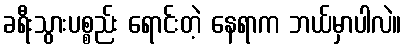
ခရီးသွားပစ္စည်း ရောင်းတဲ့ နေရာက ဘယ်မှာပါလဲ။